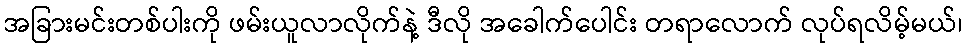
အခြားမင်းတစ်ပါးကို ဖမ်းယူလာလိုက်နဲ့ ဒီလို အခေါက်ပေါင်း တရာလောက် လုပ်ရလိမ့်မယ်၊